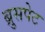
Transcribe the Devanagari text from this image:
ब्रुसपेट